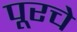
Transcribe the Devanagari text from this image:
पूरचे